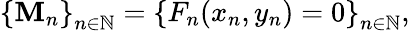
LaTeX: \left\{ \mathbf{M}_{n}\right\} _{n\in\mathbb{{N}}}=\left\{ F_{n}(x_{n},y_{n})=0\right\} _{n\in\mathbb{{N}}},